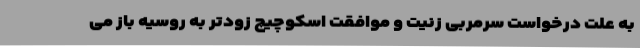
به علت درخواست سرمربی زنیت و موافقت اسکوچیچ زودتر به روسیه باز می